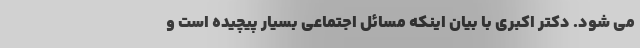
می شود. دکتر اکبری با بیان اینکه مسائل اجتماعی بسیار پیچیده است و